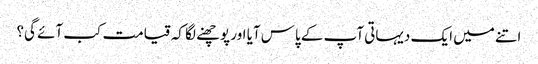
اتنے میں ایک دیہاتی آپ کے پاس آیا اور پوچھنے لگا کہ قیامت کب آئے گی؟